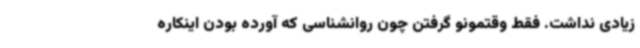
زیادی نداشت. فقط وقتمونو گرفتن چون روانشناسی که آورده بودن اینکاره